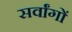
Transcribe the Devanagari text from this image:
सर्वांगों